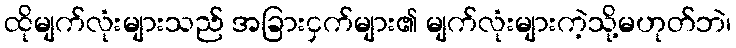
ထိုမျက်လုံးများသည် အခြားငှက်များ၏ မျက်လုံးများကဲ့သို့မဟုတ်ဘဲ၊